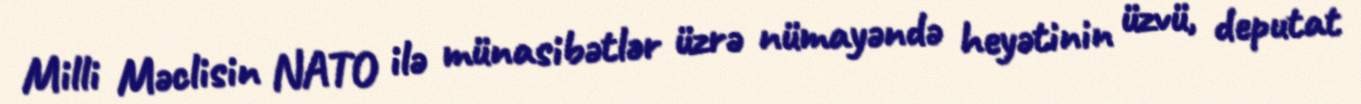
Milli Məclisin NATO ilə münasibətlər üzrə nümayəndə heyətinin üzvü, deputat